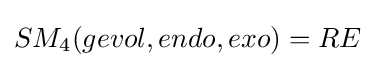
SM_{4}(gevol,endo,exo)=RE